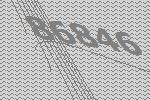
86846